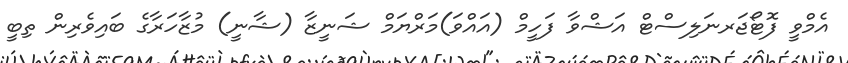
އެމްވީ ފޮޓޯޖަރނަލިސްޓް އަޝްވާ ފަހީމް (އައްވަ)މަރްޔަމް ޝަނީޒާ (ޝާނީ) މުޒާހަރާގެ ބައިވެރިން ތިބީ